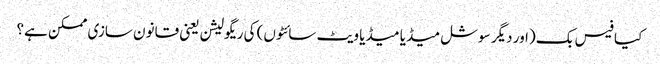
کیا فیس بک (اور دیگر سوشل میڈیا میڈیا ویٹ سائٹوں) کی ریگولیشن یعنی قانون سازی ممکن ہے؟